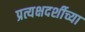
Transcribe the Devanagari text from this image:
प्रत्यक्षदर्शीच्या